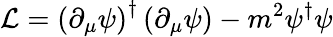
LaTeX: \mathcal{L}=\left(\partial_{\mu}\psi\right)^{\dagger}\left(\partial_{\mu}\psi\right)-m^{2}\psi^{\dagger}\psi